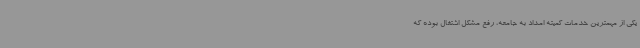
یکی از مهمترین خدمات کمیته امداد به جامعه، رفع مشکل اشتغال بوده که